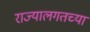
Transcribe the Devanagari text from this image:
राज्यालगतच्या